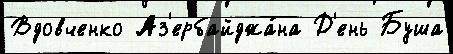
Вдовченко Аз'ербайджа́на Д'ень Буша